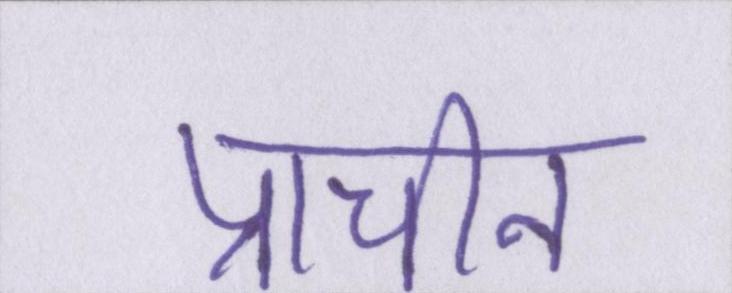
प्राचीन